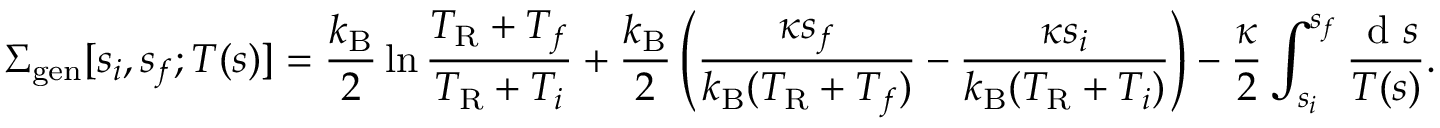
\Sigma _ { \mathrm { g e n } } [ s _ { i } , s _ { f } ; T ( s ) ] = \frac { k _ { \mathrm { B } } } { 2 } \ln \frac { T _ { \mathrm { R } } + T _ { f } } { T _ { \mathrm { R } } + T _ { i } } + \frac { k _ { \mathrm { B } } } { 2 } \left( \frac { \kappa s _ { f } } { k _ { \mathrm { B } } ( T _ { \mathrm { R } } + T _ { f } ) } - \frac { \kappa s _ { i } } { k _ { \mathrm { B } } ( T _ { \mathrm { R } } + T _ { i } ) } \right) - \frac { \kappa } { 2 } \int _ { s _ { i } } ^ { s _ { f } } \frac { \textrm { d } { s } } { T ( s ) } .